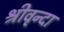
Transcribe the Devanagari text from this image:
श्रीवृन्दा